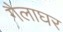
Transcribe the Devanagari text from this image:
गैलाघर